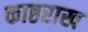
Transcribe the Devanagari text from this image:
काष्ठराख